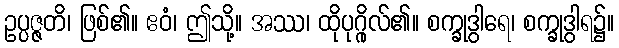
ဥပ္ပဇ္ဇတိ၊ ဖြစ်၏။ ဧဝံ၊ ဤသို့။ အဿ၊ ထိုပုဂ္ဂိုလ်၏။ စက္ခုဒွါရေ၊ စက္ခုဒွါရ၌။